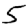
Digit: 5